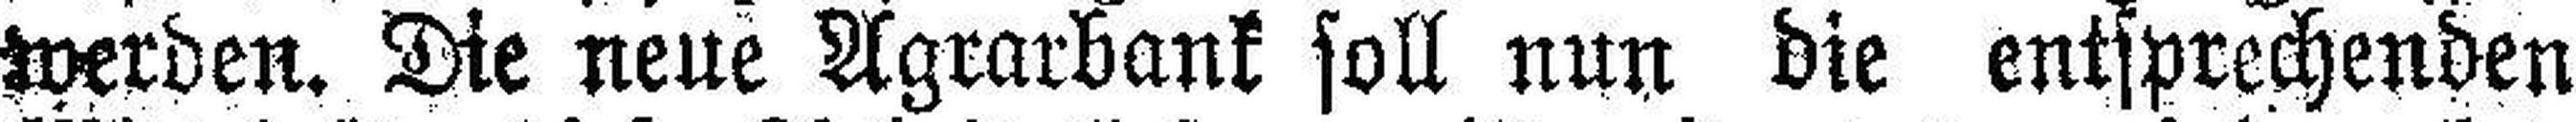
werden. Die neue Agrarbank soll nun die entsprechenden